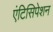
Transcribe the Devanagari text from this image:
एंटिसिपेशन